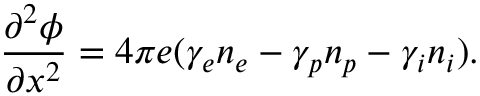
\frac { \partial ^ { 2 } \phi } { \partial x ^ { 2 } } = 4 \pi e ( \gamma _ { e } n _ { e } - \gamma _ { p } n _ { p } - \gamma _ { i } n _ { i } ) .